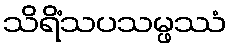
သိရိံသပသမ္ဖဿံ